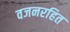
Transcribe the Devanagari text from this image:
वजनरहित